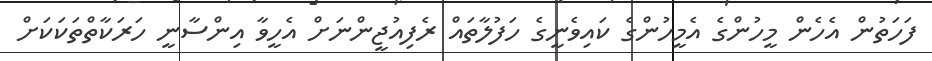
ފަހަތުން އެހެން މީހުންގެ އެމީހުންގެ ކައިވެނީގެ ހަފުލާތައް ރެފިއުޖީންނަށް އެހީވާ އިންސާނީ ހަރަކާތްތަކަކަށް